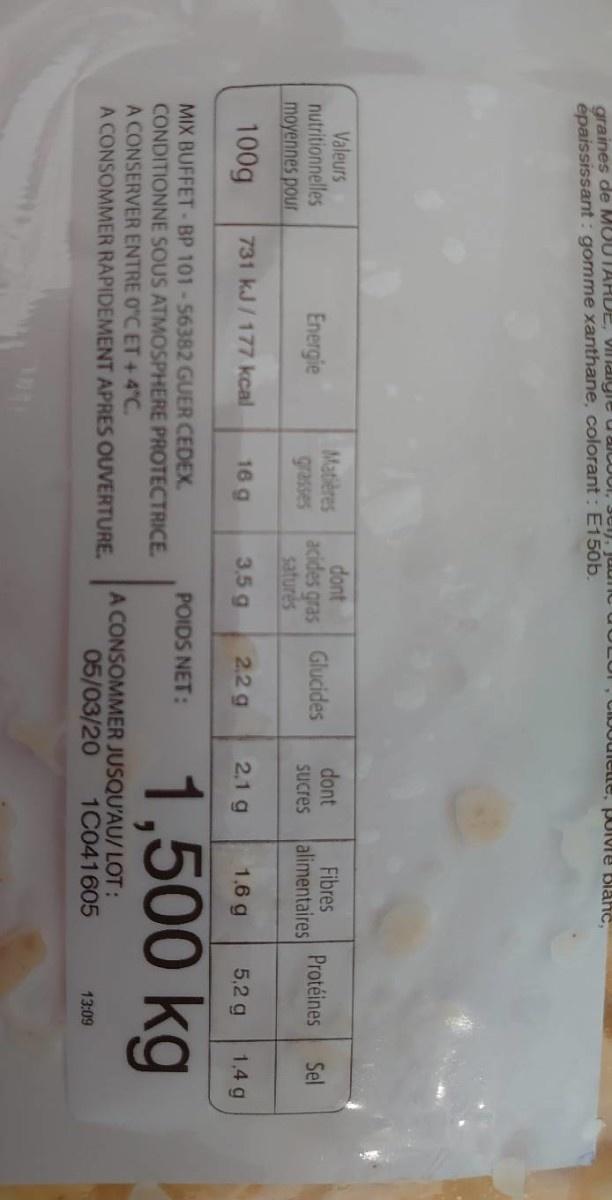
araines de MUUTARDE, VIIlaigie u aicOUl, 3UI), juu épaississant : gomme xanthane, colorant : E150b. CIDOulete, polvre Blanc, Valeurs nutritionnelles moyennes pour dont acides gras saturés dont Fibres alimentaires Matières Glucides Protéines Sel Energie grasses Sucres 100g 731 kJ/177 kcal 16 g 3,5 g 2.2 g 2.1 g 1,6 g 5,2 g 1,4 g MIX BUFFET-BP 101-56382 GUER CEDEX. CONDITIONNE SOUS ATMOSPHERE PROTECTRICE A CONSERVER ENTRE 0"C ET + 4 C. A CONSOMMER RAPIDEMENT APRES OUVERTURE. 1,500 kg POIDS NET: A CONSOMMER JUSQU'AU/ LOT: 05/03/20 1C041605 13:09